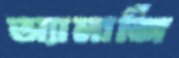
অ্যালার্জি